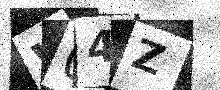
Text: W04Z